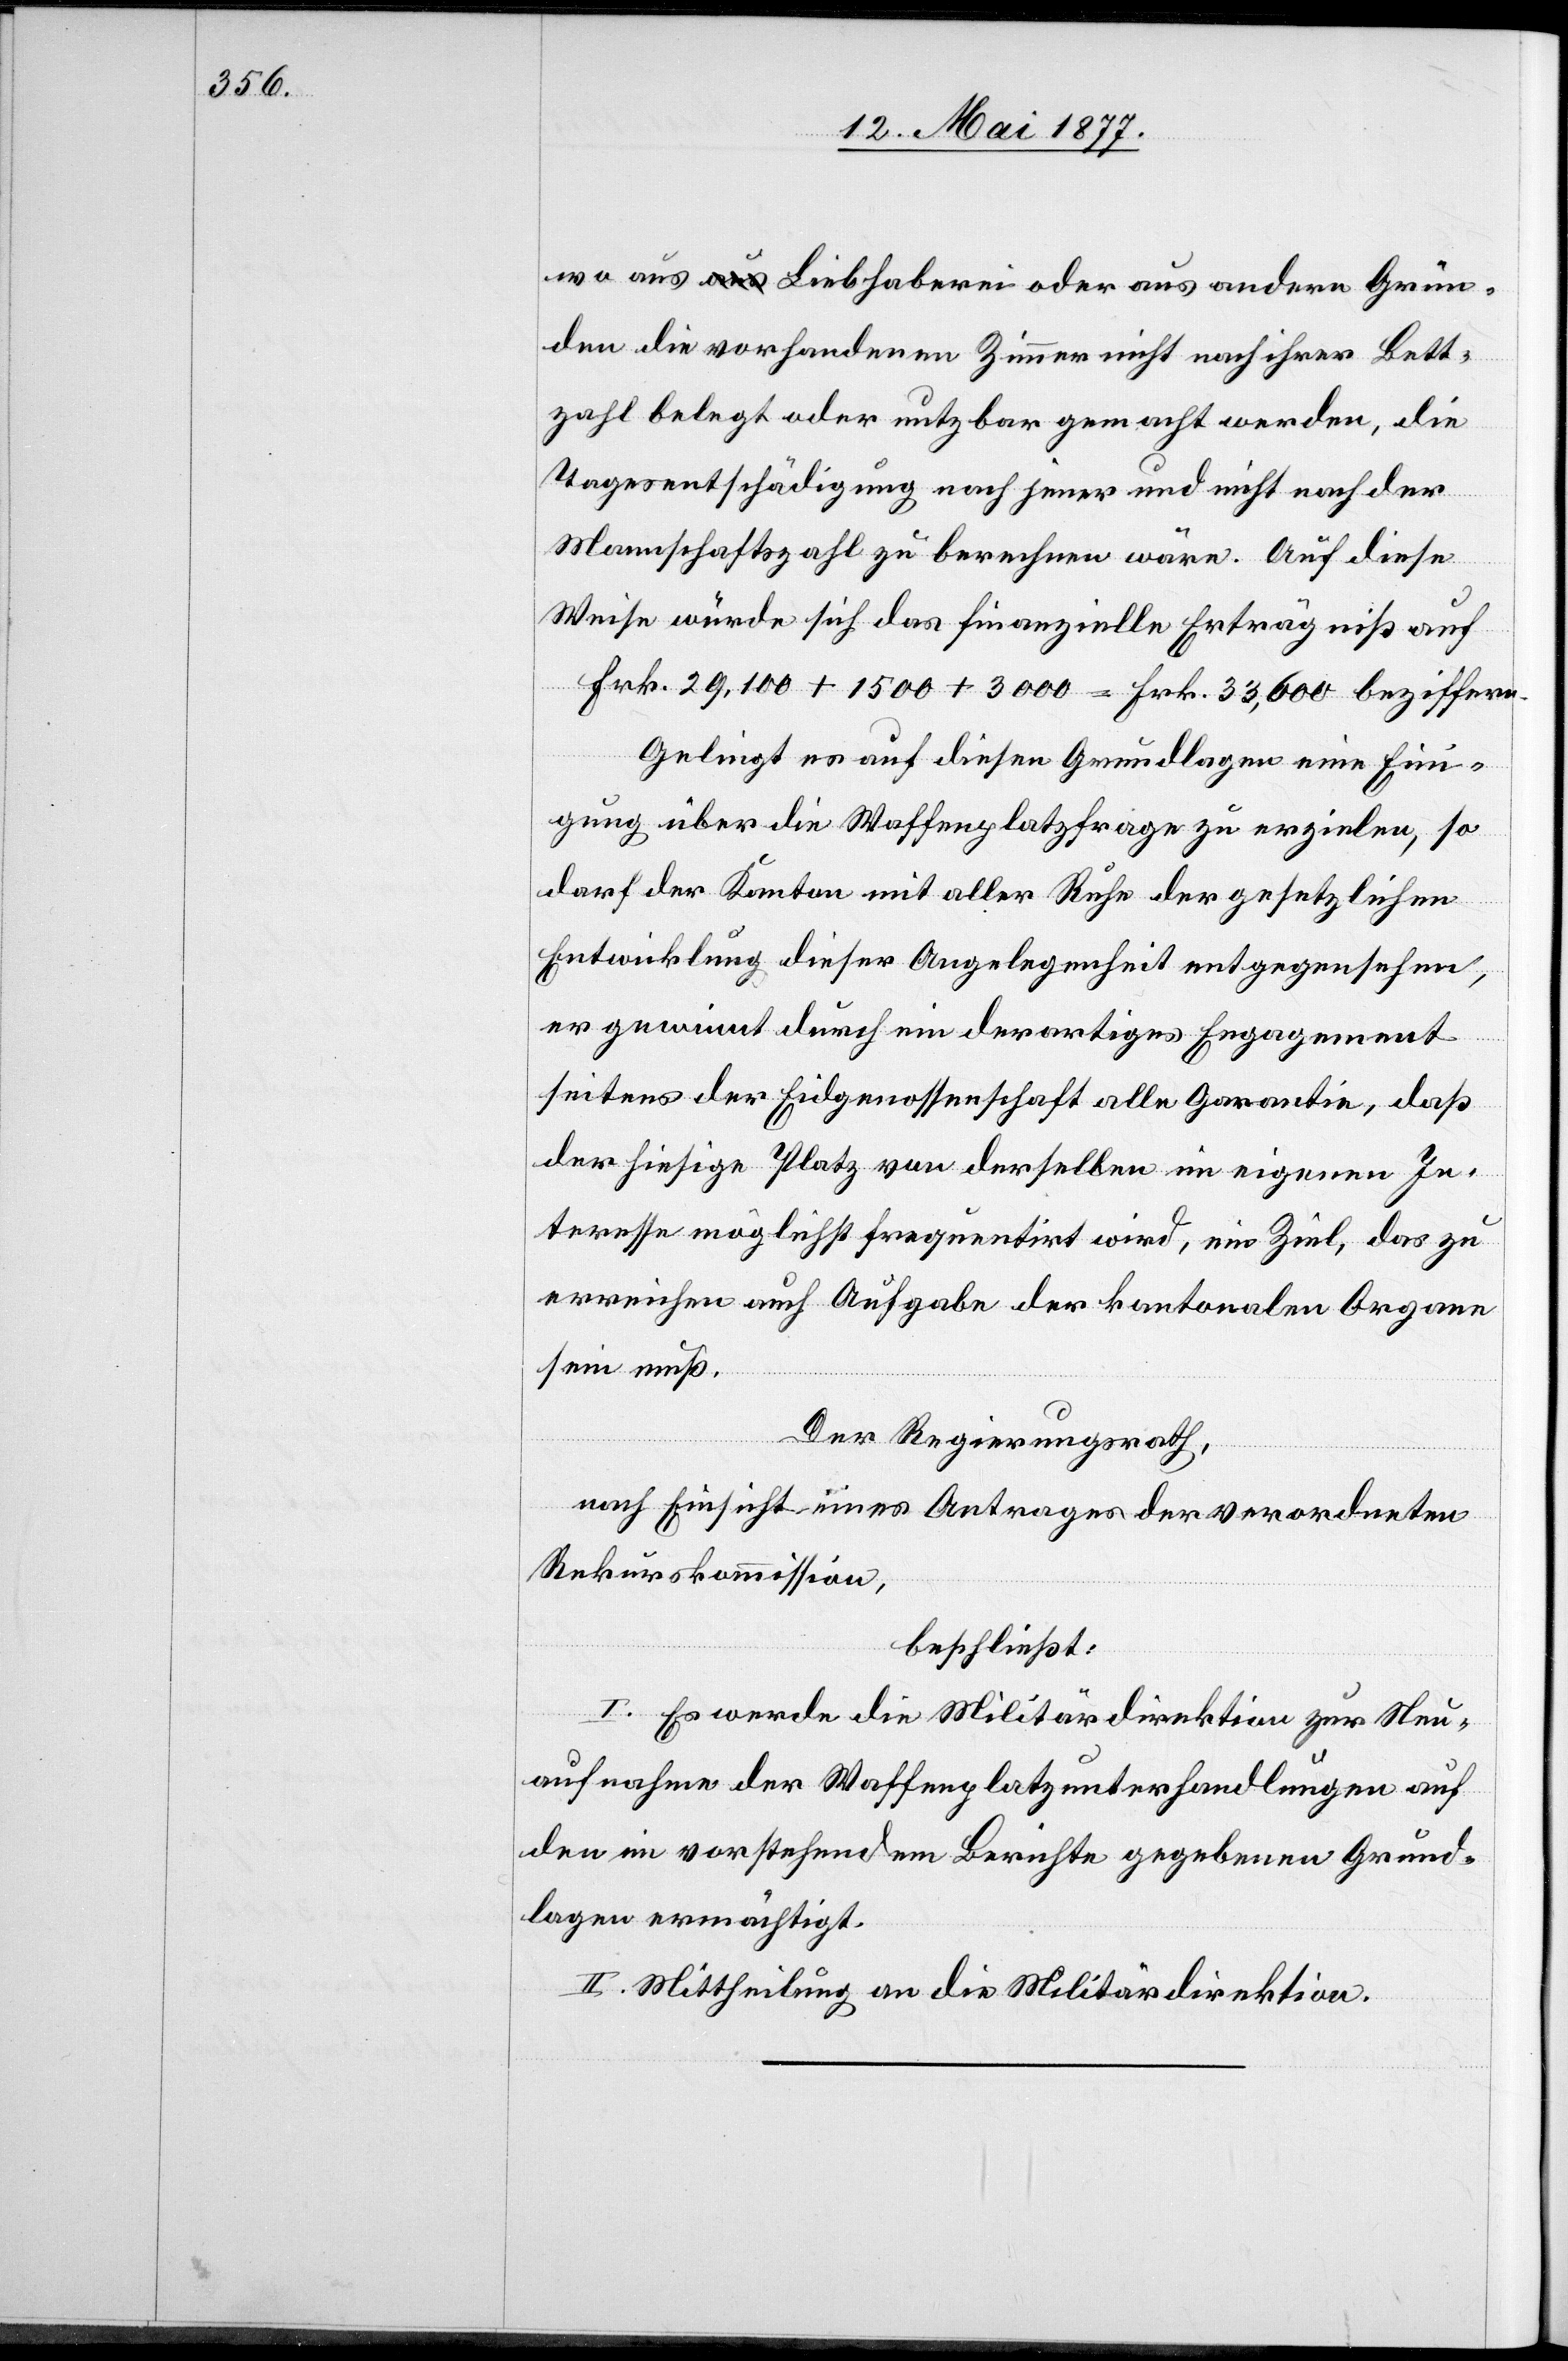
wo aus Liebhaberei oder aus andern Grün¬
den die vorhandenen Zimmer nicht nach ihrer Bett¬
zahl belegt oder nutzbar gemacht werden, die
Tagesentschädigung nach jener und nicht nach der
Mannschaftszahl zu berechnen wäre. Auf diese
Weise würde sich das finanzielle Erträgniß auf
Frk. 29,100 + 1500 + 3000 = Frk. 33,600 beziffern.
Gelingt es auf diesen Grundlagen eine Ein¬
igung über die Waffenplatzfrage zu erzielen, so
darf der Kanton mit aller Ruhe der gesetzlichen
Entwicklung dieser Angelegenheit entgegensehen.
er gewinnt durch ein derartiges Engagement
seitens der Eidgenossenschaft alle Garantie, daß
der hiesige Platz von derselben im eigenen In¬
teresse möglichst frequentirt wird, ein Ziel, das zu
erreichen auch Aufgabe der kantonalen Organe
sein muß.
Der Regierungsrath,
nach Einsicht eines Antrages der verordneten
Rekurskommission,
beschließt:
I. Es werde die Militärdirektion zur Neu¬
aufnahme der Waffenplatzunterhandlungen auf
den im vorstehenden Berichte gegebenen Grund¬
lagen ermächtigt.
II. Mittheilung an die Militärdirektion.